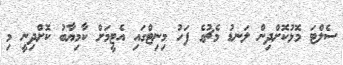
ސެލްޓަ މޮޅުކޮށްދިން ލަނޑު މެޗުގެ ފަހު މިނިޓްގައި އެޓީމަށް ކާމިޔާބު ކޮށްދިނީ މި